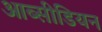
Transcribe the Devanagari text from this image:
आब्सीडियन